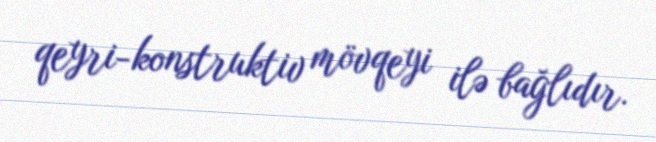
qeyri-konstruktiv mövqeyi ilə bağlıdır.